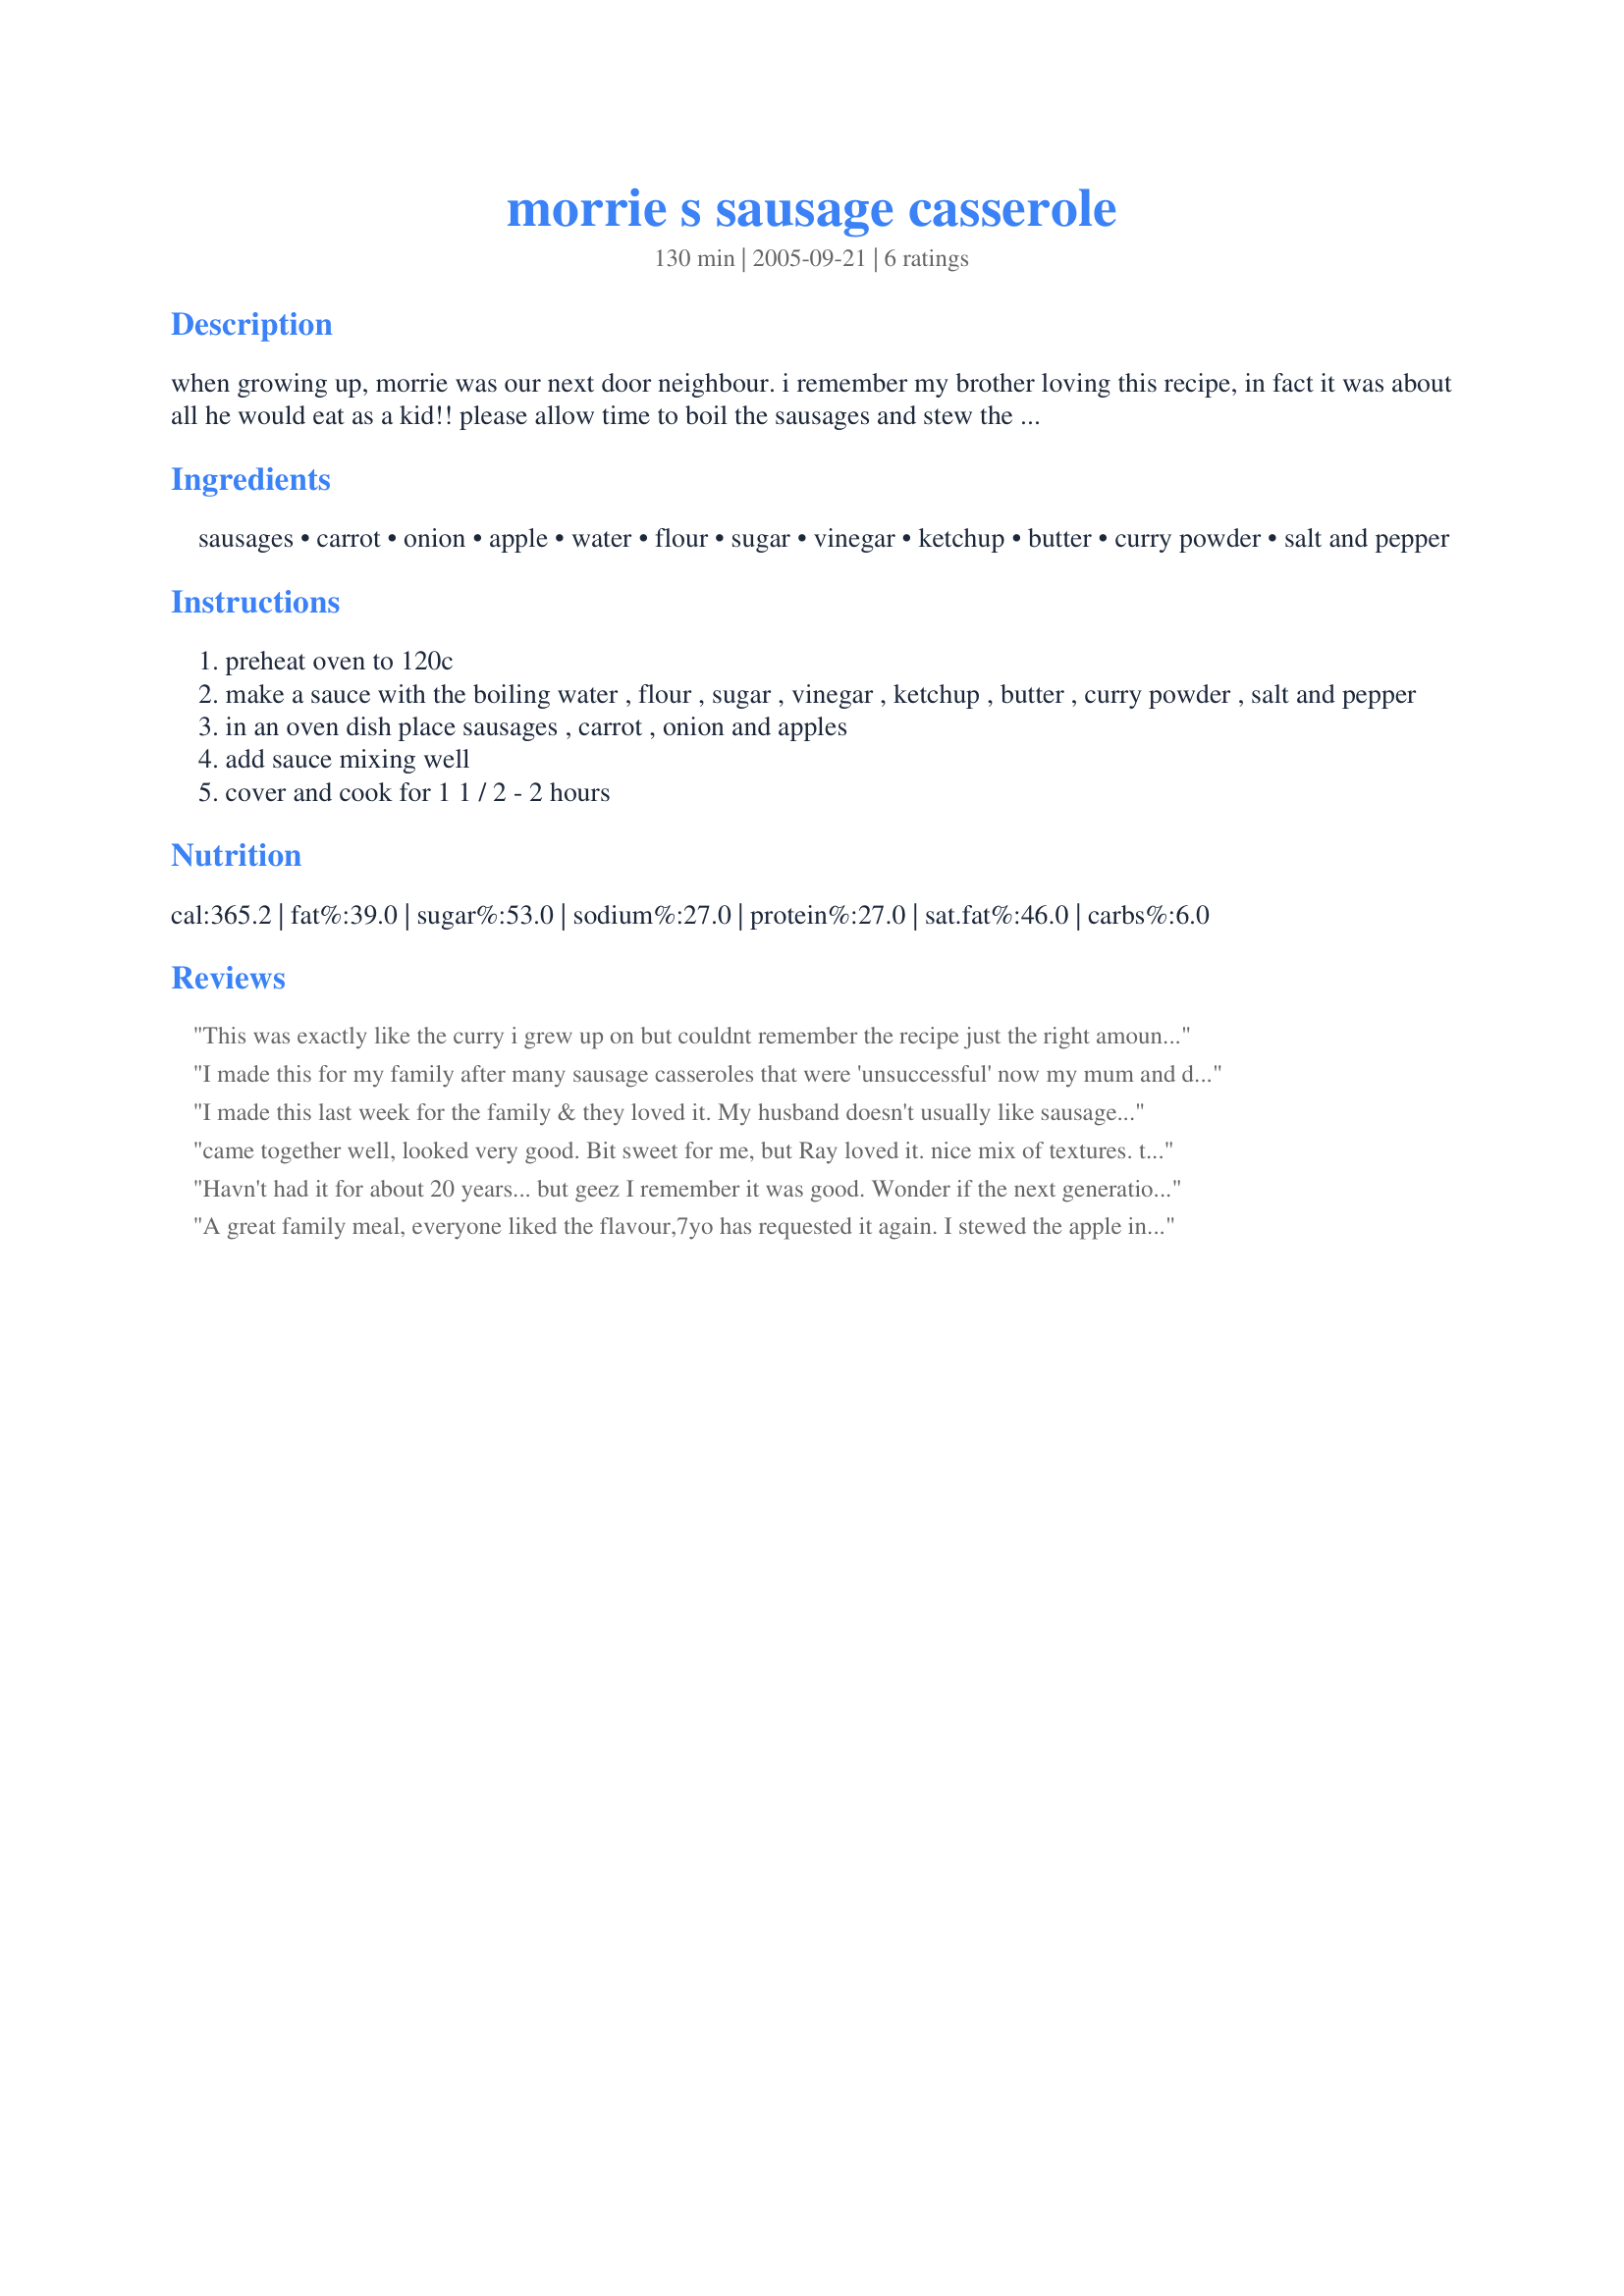
morrie s sausage casserole
Preparation time: 130 minutes

when growing up, morrie was our next door neighbour. i remember my brother loving this recipe, in fact it was about all he would eat as a kid!! please allow time to boil the sausages and stew the apple!

Ingredients:
sausages, carrot, onion, apple, water, flour, sugar, vinegar, ketchup, butter, curry powder, salt and pepper

Steps:
preheat oven to 120c
make a sauce with the boiling water , flour , sugar , vinegar , ketchup , butter , curry powder , salt and pepper
in an oven dish place sausages , carrot , onion and apples
add sauce mixing well
cover and cook for 1 1 / 2 - 2 hours

Reviews:
This was exactly like the curry i grew up on but couldnt remember the recipe just the right amount of curry without being too hot next time i might add some sultanas and may even try it with chicken. thanks for the recipe!
I made this for my family after many sausage casseroles that were 'unsuccessful' now my mum and dad request it. As a matter of fact, it's on the menu this evening! :)
I made this last week for the family & they loved it. My husband doesn't usually like sausages but he said this is one recipe he DOES like so yay! I finally found a recipe for sausages that he likes! It's only taken 15 years of trying! We had this with rice but I reckon mashed potatoes would go nicely too. A great winter dish. Thanks Jewelies :)
came together well, looked very good. Bit sweet for me, but Ray loved it. nice mix of textures.
thanks Jewels
Havn't had it for about 20 years... but geez I remember it was good. Wonder if the next generation will like it as much as I did - will have to wait and see. Thanks for the recipe sis!
A great family meal, everyone liked the flavour,7yo has requested it again. I stewed the apple in the microwave otherwise cooked as per instructions, served with creamy mashed potatoes and brocoli.Thanks for posting
